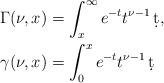
LaTeX: \begin{align*}\Gamma(\nu,x)&=\int_x^\infty e^{-t}t^{\nu-1}\,\d t,\\\gamma(\nu,x)&=\int_0^x e^{-t}t^{\nu-1}\,\d t\end{align*}